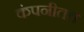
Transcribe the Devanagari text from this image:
कंपनीतच